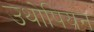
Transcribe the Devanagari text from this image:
उथोपियन